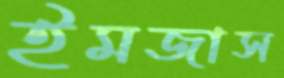
ইমজাস